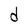
Character: d